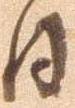
日